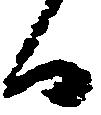
日